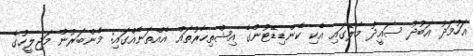
އަހުމަދު އަބުދު ސައީދު މާލޭގައި އެކި ކެންޑިޑޭޓުންގެ އިޝްތިހާރުތައް އެއްތަނެއްގައި: މެންބަރުން މަޖިލީހުގެ